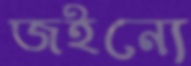
জইন্যে